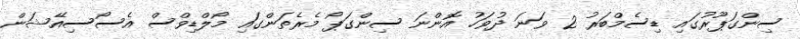
ސިންގަޕޫރުގައި ޑިސެމްބަރު 2 ވަނަ ދުވަހު އޮންނަ ސިންގަޕޯ މެރެތަންގައި މޯލްޑިވްސް އެސޯސިއޭޝަން